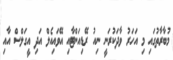
މުބާރާތުގައި މި އަހަރު ވާދަކުރަނީ ނިއު ރޭޑިއަންޓާއި އޭވައިއެލް އަދި އީގަލްސް އާއި